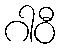
ဂါဝီ